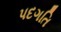
પદગતિ